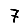
Digit: 7